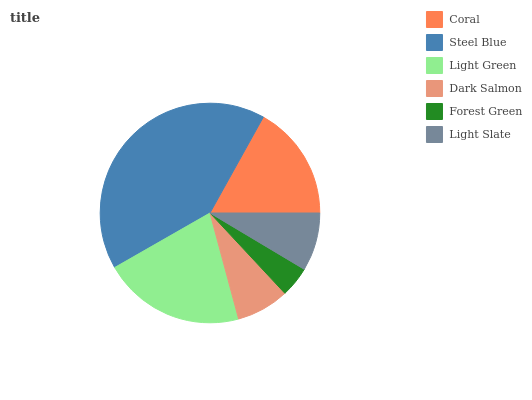
| Coral | Steel Blue | Light Green | Dark Salmon | Forest Green | Light Slate |
 | --- | --- | --- | --- | --- | --- |
 | 16.9% | 41.4% | 20.9% | 7.76% | 4.49% | 8.57% |